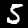
Label: 5